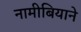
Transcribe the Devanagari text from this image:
नामीबियाने